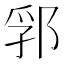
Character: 郛